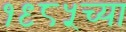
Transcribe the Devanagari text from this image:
१९८५च्या